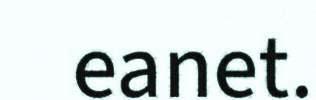
eanet.